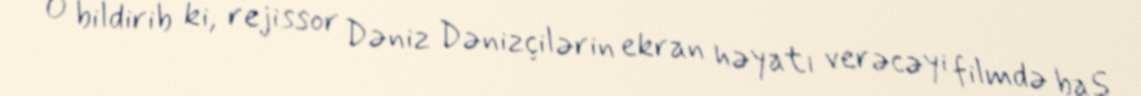
O bildirib ki, rejissor Dəniz Dənizçilərin ekran həyatı verəcəyi filmdə baş